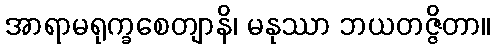
အာရာမရုက္ခစေတျာနိ၊ မနုဿာ ဘယတဇ္ဇိတာ။